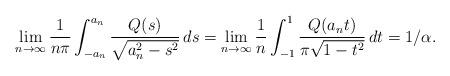
LaTeX: \begin{align*}\lim_{n\to\infty} \frac{1}{n\pi}\int_{-a_n}^{a_n}\frac{Q(s)}{\sqrt{a_n^2-s^2}} \, ds=\lim_{n\to\infty} \frac{1}{n}\int_{-1}^{1}\frac{Q(a_nt)}{\pi\sqrt{1-t^2}} \, dt=1/\alpha.\end{align*}